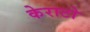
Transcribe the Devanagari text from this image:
केराटो